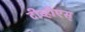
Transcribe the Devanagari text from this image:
टीव्हीएस्